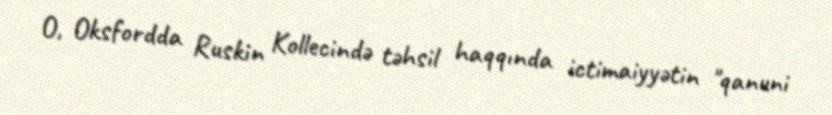
O, Oksfordda Ruskin Kollecində təhsil haqqında ictimaiyyətin "qanuni